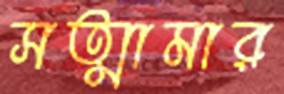
সত্মামার